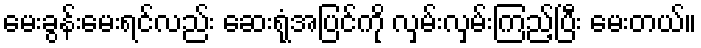
မေးခွန်းမေးရင်လည်း ဆေးရုံအပြင်ကို လှမ်းလှမ်းကြည့်ပြီး မေးတယ်။